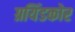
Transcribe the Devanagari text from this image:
ग्रयिंडकोर